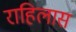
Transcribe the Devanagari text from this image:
राहिलास